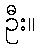
ဦး။